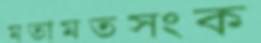
মতামতসংক